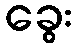
ခွေး